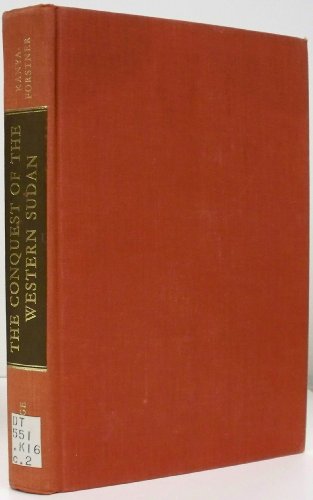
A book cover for The Conquest of Western Sudan: A Study in French Military Imperialism; A. S. Kanya-Forstner; History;